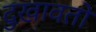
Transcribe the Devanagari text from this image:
दुखावतो